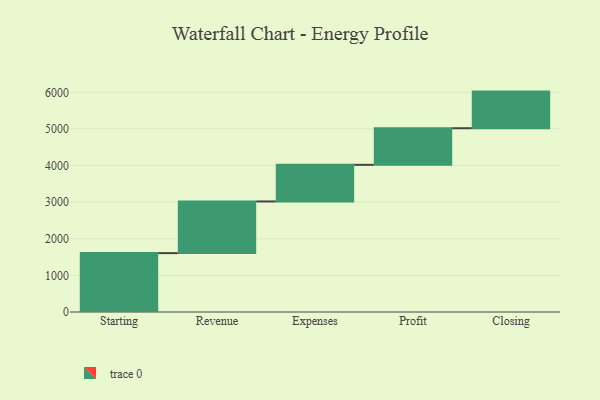
{"axis": {"x": "Step", "y": "Value"}, "legend": [""], "data": [{"x": "Starting", "y": 1608.0, "type": ""}, {"x": "Revenue", "y": 1411.0, "type": ""}, {"x": "Expenses", "y": 1000, "type": ""}, {"x": "Profit", "y": 1000, "type": ""}, {"x": "Closing", "y": 1000, "type": ""}]}